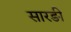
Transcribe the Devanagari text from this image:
सारङी